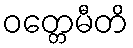
ဝတ္တေမီတိ